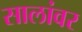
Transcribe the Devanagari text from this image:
सालांवर